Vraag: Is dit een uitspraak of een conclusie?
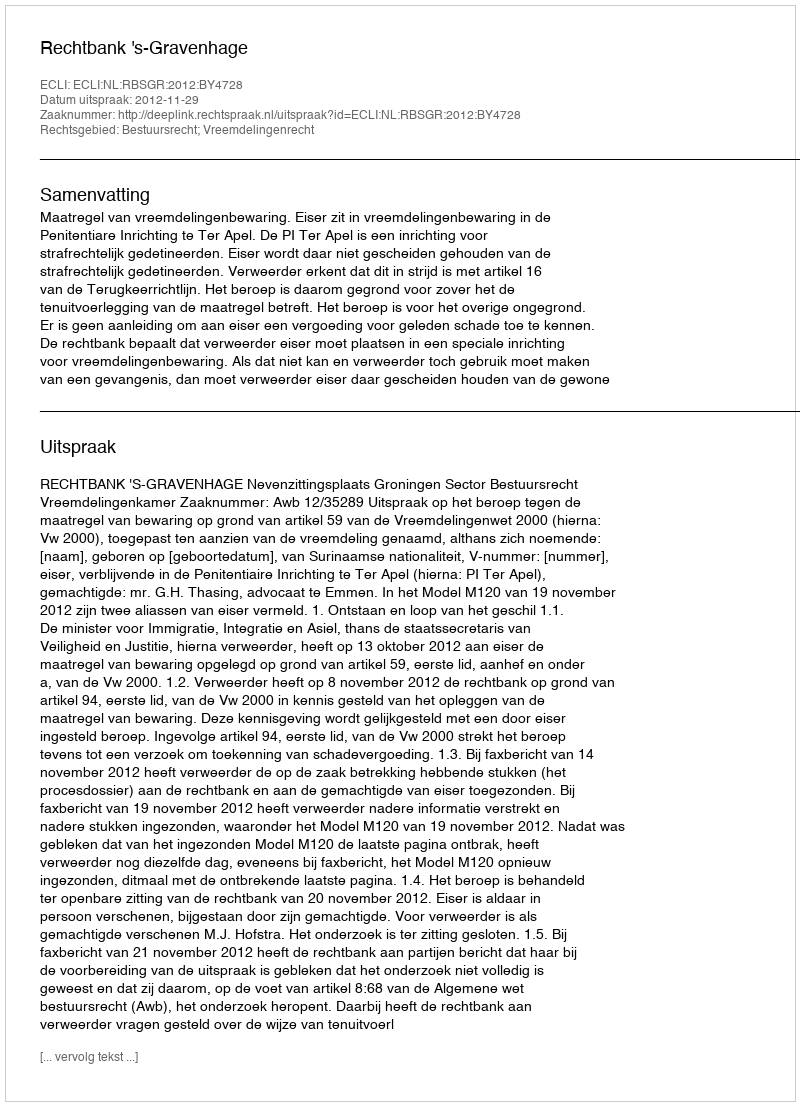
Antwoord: Uitspraak